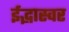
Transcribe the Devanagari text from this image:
ईद्भास्वर